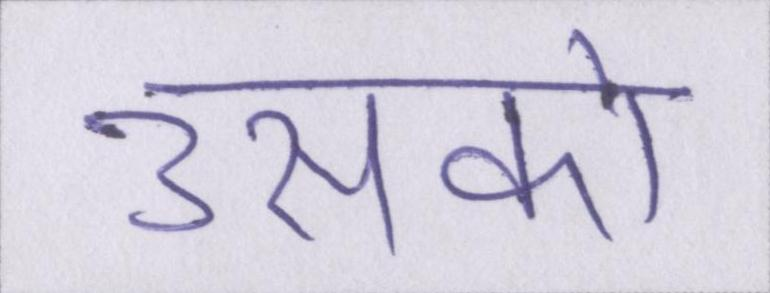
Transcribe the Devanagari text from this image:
उसको